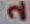
Text: 2